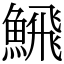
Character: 𩹉